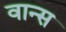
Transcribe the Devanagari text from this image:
वान्स